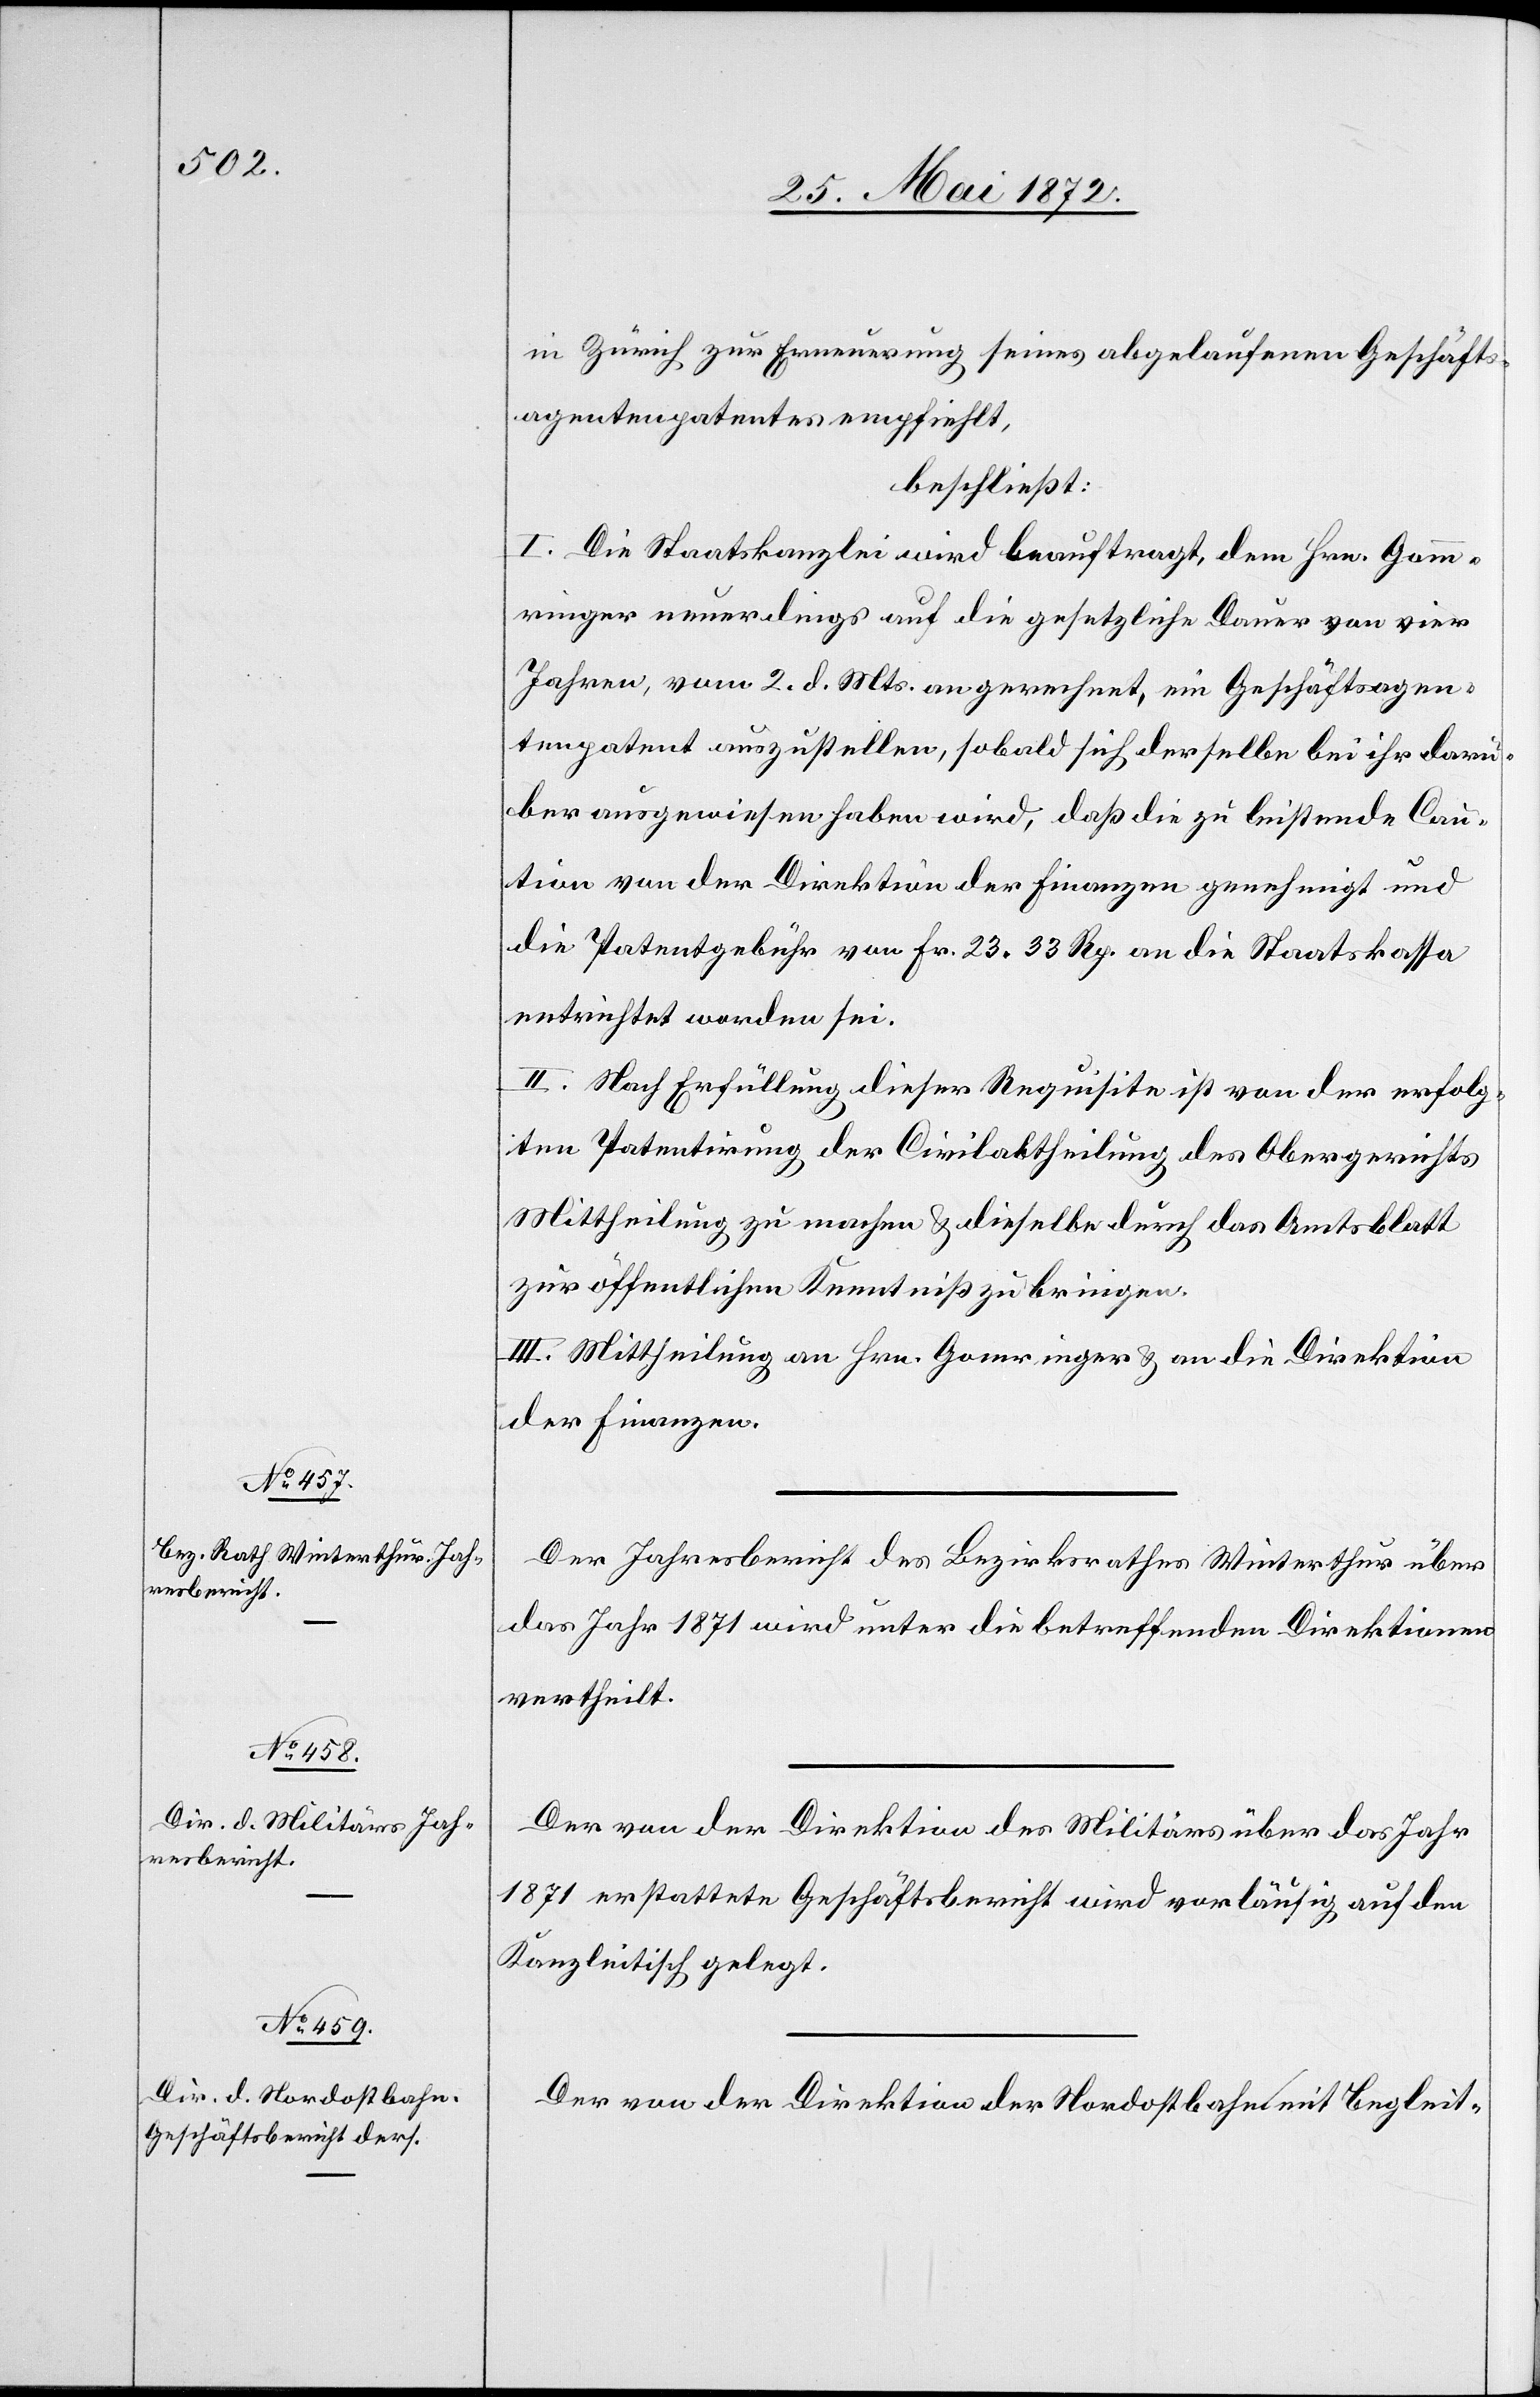
in Zürich zur Erneuerung seines abgelaufenen Geschäfts¬
agentenpatentes empfiehlt,
beschließt:
I. Die Staatskanzlei wird beauftragt, dem Hrn. Gomm¬
ringer neuerdings auf die gesetzliche Dauer von vier
Jahren, vom 2. d. Mts. an gerechnet, ein Geschäftsagen¬
tenpatent auszustellen, sobald sich derselbe bei ihr darü¬
ber ausgewiesen haben wird, daß die zu leistende Cau¬
tion von der Direktion der Finanzen genehmigt und
die Patentgebühr von Fr. 23 33 Rp. an die Staatskassa
entrichtet worden sei.
II. Nach Erfüllung dieser Requisite ist von der erfolg¬
ten Patentirung der Civilabtheilung des Obergerichts
Mittheilung zu machen u. dieselbe durch das Amtsblatt
zur öffentlichen Kenntniß zu bringen.
III. Mittheilung an Hrn. Gomringer [sic!] u. an die Direktion
der Finanzen.
Der Jahresbericht des Bezirksrathes Winterthur über
das Jahr 1871 wird unter die betreffenden Direktionen
vertheilt.
Der von der Direktion des Militärs über das Jahr
1871 erstattete Geschäftsbericht wird vorläufig auf den
Kanzleitisch gelegt.
Der von der Direktion der Nordostbahn mit Begleit-